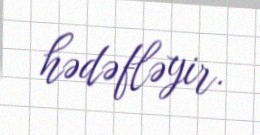
hədəfləyir.